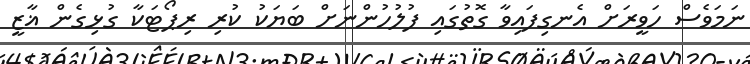
ނަމަވެސް ހަވީރަށް އެނގިފައިވާ ގޮތުގައި ފުލުހުންނަށް ބަޔަކު ކުރި ރިޕޯޓަކާ ގުޅިގެން ޣާޒީ